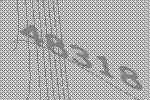
48318